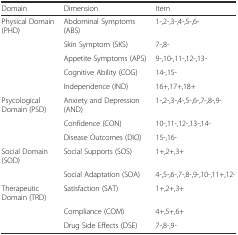
| Domain | Dimension | Item |
 | --- | --- | --- |
 | Physical Domain (PHD) | Abdominal Symptoms (ABS) | 1-,2-,3-,4-,5-,6- |
 |  | Skin Symptom (SKS) | 7-,8- |
 |  | Appetite Symptoms (APS) | 9-,10-,11-,12-,13- |
 |  | Cognitive Ability (COG) | 14-,15- |
 |  | Independence (IND) | 16+,17+,18+ |
 | Psycological Domain (PSD) | Anxiety and Depression (AND) | 1-,2-,3-,4-,5-,6-,7-,8-,9- |
 |  | Confidence (CON) | 10-,11-,12-,13-,14- |
 |  | Disease Outcomes (DIO) | 15-,16- |
 | Social Domain (SOD) | Social Supports (SOS) | 1+,2+,3+ |
 |  | Social Adaptation (SOA) | 4-,5-,6-,7-,8-,9-,10-,11+,12- |
 | Therapeutic Domain (TRD) | Satisfaction (SAT) | 1+,2+,3+ |
 |  | Compliance (COM) | 4+,5+,6+ |
 |  | Drug Side Effects (DSE) | 7-,8-,9- |